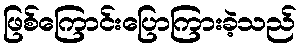
ဖြစ်ကြောင်းပြောကြားခဲ့သည်